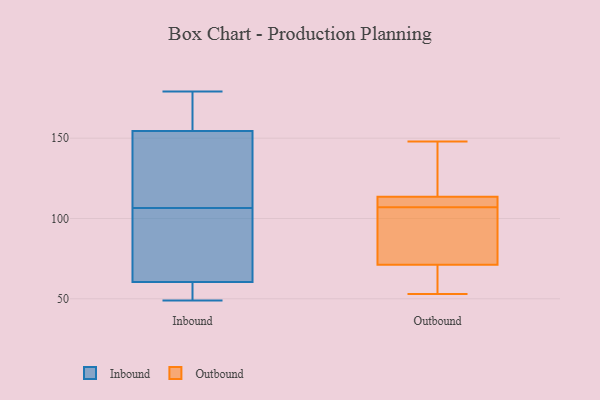
{"axis": {"x": "Conversion Rate (%)", "y": "Value"}, "legend": ["Inbound", "Outbound"], "data": [{"x": "", "y": 114, "type": "Inbound"}, {"x": "", "y": 99, "type": "Inbound"}, {"x": "", "y": 56, "type": "Inbound"}, {"x": "", "y": 140, "type": "Inbound"}, {"x": "", "y": 96, "type": "Inbound"}, {"x": "", "y": 53, "type": "Inbound"}, {"x": "", "y": 163, "type": "Inbound"}, {"x": "", "y": 49, "type": "Inbound"}, {"x": "", "y": 156, "type": "Inbound"}, {"x": "", "y": 153, "type": "Inbound"}, {"x": "", "y": 65, "type": "Inbound"}, {"x": "", "y": 179, "type": "Inbound"}, {"x": "", "y": 108, "type": "Outbound"}, {"x": "", "y": 107, "type": "Outbound"}, {"x": "", "y": 53, "type": "Outbound"}, {"x": "", "y": 148, "type": "Outbound"}, {"x": "", "y": 73, "type": "Outbound"}, {"x": "", "y": 127, "type": "Outbound"}, {"x": "", "y": 109, "type": "Outbound"}, {"x": "", "y": 86, "type": "Outbound"}, {"x": "", "y": 73, "type": "Outbound"}, {"x": "", "y": 137, "type": "Outbound"}, {"x": "", "y": 55, "type": "Outbound"}, {"x": "", "y": 107, "type": "Outbound"}, {"x": "", "y": 66, "type": "Outbound"}]}